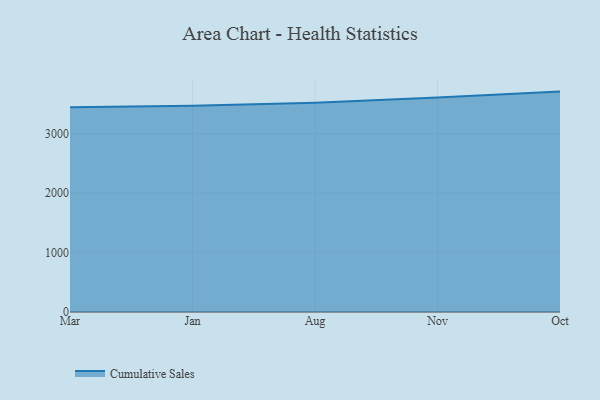
{"axis": {"x": "Month", "y": "Production Output"}, "legend": ["Cumulative Sales"], "data": [{"x": "Mar", "y": 3446.0, "type": "Cumulative Sales"}, {"x": "Jan", "y": 3471.6, "type": "Cumulative Sales"}, {"x": "Aug", "y": 3521.5, "type": "Cumulative Sales"}, {"x": "Nov", "y": 3608.1, "type": "Cumulative Sales"}, {"x": "Oct", "y": 3709.1, "type": "Cumulative Sales"}]}